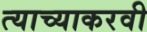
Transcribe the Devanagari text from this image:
त्याच्याकरवी